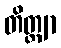
တိတ္ထျာ